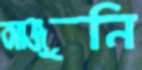
আঞ্জুনি